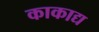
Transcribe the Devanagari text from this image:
काकाद्य